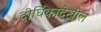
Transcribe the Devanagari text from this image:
दीर्घिकादेखील